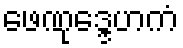
ဖေဏုဒ္ဒေဟကံ